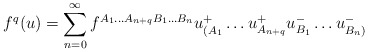
\begin{align*}f^q(u) = \sum^{\infty}_{n=0} f^{A_1\ldots A_{n+q}B_1\ldots B_n} u^+_{(A_1}\ldots u^+_{A_{n+q}}u^-_{B_1}\ldots u^-_{B_n)}\end{align*}